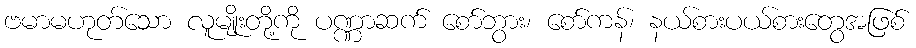
ဗမာမဟုတ်သော လူမျိုးတို့ကို ပဏ္ဏာဆက် စော်ဘွား၊ စော်ကန်၊ နယ်စားပယ်စားတွေအဖြစ်